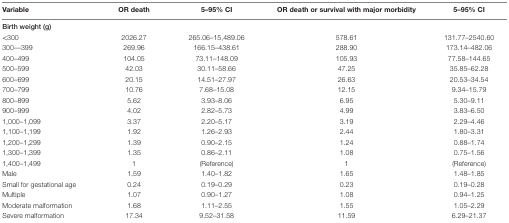
| Variable | OR death | 5–95% CI | OR death or survival with major morbidity | 5–95% CI |
 | --- | --- | --- | --- | --- |
 | Birth weight (g) |  |  |  |  |
 | <300 | 2026.27 | 265.06–15,489.06 | 578.61 | 131.77–2540.60 |
 | 300––399 | 269.96 | 166.15–438.61 | 288.90 | 173.14–482.06 |
 | 400–499 | 104.05 | 73.11–148.09 | 105.93 | 77.58–144.65 |
 | 500–599 | 42.03 | 30.11–58.66 | 47.25 | 35.85–62.28 |
 | 600–699 | 20.15 | 14.51–27.97 | 26.63 | 20.53–34.54 |
 | 700–799 | 10.76 | 7.68–15.08 | 12.15 | 9.34–15.79 |
 | 800–899 | 5.62 | 3.93–8.06 | 6.95 | 5.30–9.11 |
 | 900–999 | 4.02 | 2.82–5.73 | 4.99 | 3.83–6.50 |
 | 1,000–1,099 | 3.37 | 2.20–5.17 | 3.19 | 2.29–4.46 |
 | 1,100–1,199 | 1.92 | 1.26–2.93 | 2.44 | 1.80–3.31 |
 | 1,200–1,299 | 1.39 | 0.90–2.15 | 1.24 | 0.88–1.74 |
 | 1,300–1,399 | 1.35 | 0.86–2.11 | 1.08 | 0.75–1.56 |
 | 1,400–1,499 | 1 | (Reference) | 1 | (Reference) |
 | Male | 1.59 | 1.40–1.82 | 1.65 | 1.48–1.85 |
 | Small for gestational age | 0.24 | 0.19–0.29 | 0.23 | 0.19–0.28 |
 | Multiple | 1.07 | 0.90–1.27 | 1.08 | 0.94–1.25 |
 | Moderate malformation | 1.68 | 1.11–2.55 | 1.55 | 1.05–2.29 |
 | Severe malformation | 17.34 | 9.52–31.58 | 11.59 | 6.29–21.37 |